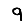
Digit: 9